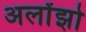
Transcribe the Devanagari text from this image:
अलोंझो